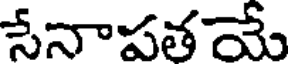
సేనాపతయే